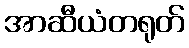
အာဆီယံတရုတ်